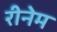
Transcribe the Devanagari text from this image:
रीनेम